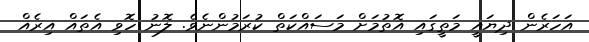
އަހަރެން ދިޔައީ މަތީގައި އޮތުމަށް މަސައްކަތް ކުރަމުންނެވެ. ލޮނު ހޮވި އެތައް އިރެއް